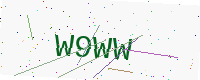
Text: W9WW